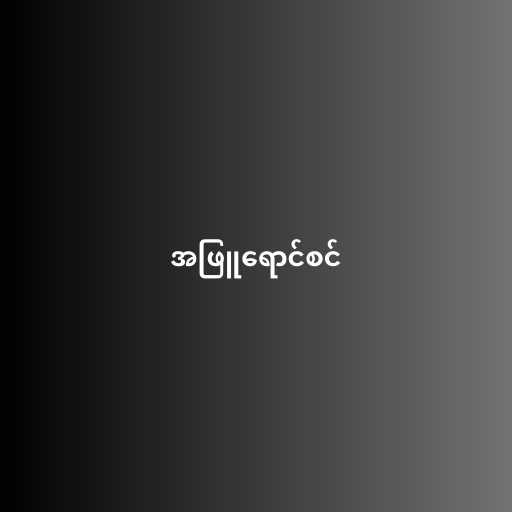
အဖြူရောင်စင်